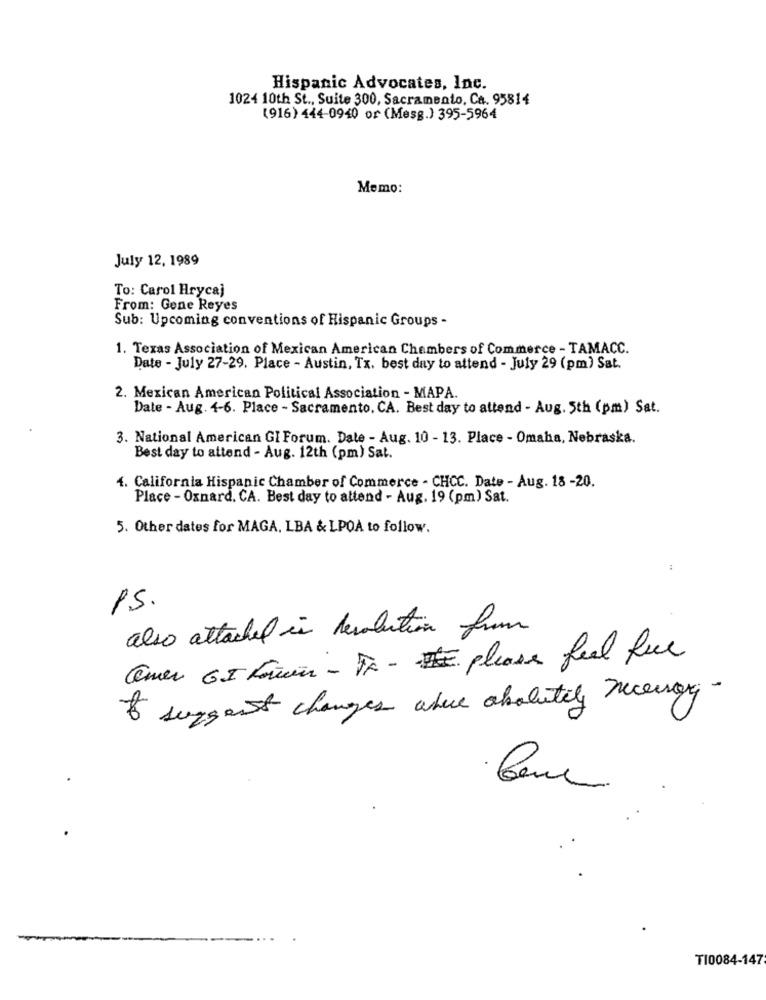
Hispanic Advocates, Inc.
1024 10th St ., Suite 300, Sacramento, Ca. 95814
(916) 444-0940 or (Mesg.) 395-5964
Memo:
July 12, 1989
To: Carol Hrycaj
From: Gone Reyes
Sub: Upcoming conventions of Hispanic Groups -
1. Texas Association of Mexican American Chambers of Commerce - TAMACC.
Date - July 27-29. Place - Austin, Tx. best day to attend - July 29 (pm) Sat.
2. Mexican American Political Association - MAPA.
Date - Aug. 4-6. Place - Sacramento, CA. Best day to attend - Aug. 5th (pm) Sat.
3. National American GI Forum. Date - Aug. 10 - 13. Place - Omaha, Nebraska.
Best day to attend - Aug. 12th (pm) Sat.
4. California Hispanic Chamber of Commerce - CHCC. Date - Aug. 18 -20.
Place - Oxnard. CA. Best day to attend - Aug. 19 (pm) Sat.
5. Other dates for MAGA, LBA & LPOA to follow.
15.
also attached in revolution from
Comer GI Komen - FF - please feel free
I suggest changes where absolutely necessary
TI0084-147